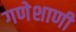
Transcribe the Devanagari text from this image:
गणेशाणी